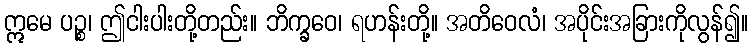
ဣမေ ပဉ္စ၊ ဤငါးပါးတို့တည်း။ ဘိက္ခဝေ၊ ရဟန်းတို့။ အတိဝေလံ၊ အပိုင်းအခြားကိုလွန်၍။